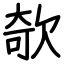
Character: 欹